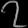
Digit: ၇